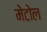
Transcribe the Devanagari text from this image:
मेटोल